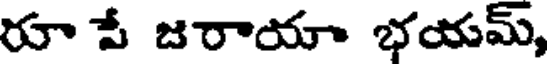
రూ పే జరాయా భయమ్,